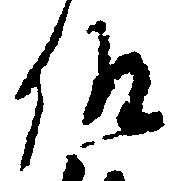
仰